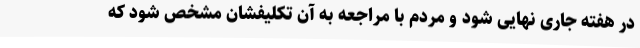
در هفته جاری نهایی شود و مردم با مراجعه به آن تکلیفشان مشخص شود که